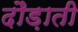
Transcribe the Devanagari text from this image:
दौड़ाती